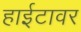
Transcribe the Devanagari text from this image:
हाईटावर